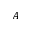
A